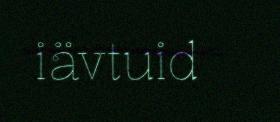
iävtuid